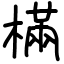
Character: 樠